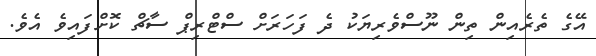
އޭގެ ތެރެއިން ތިން ނޫސްވެރިޔަކު ދެ ފަހަރަށް ސްޓްރިޕް ސާޗް ކޮށްފައިވެ އެވެ.